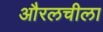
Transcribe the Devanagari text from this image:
औरलचीला